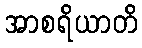
အာစရိယာတိ